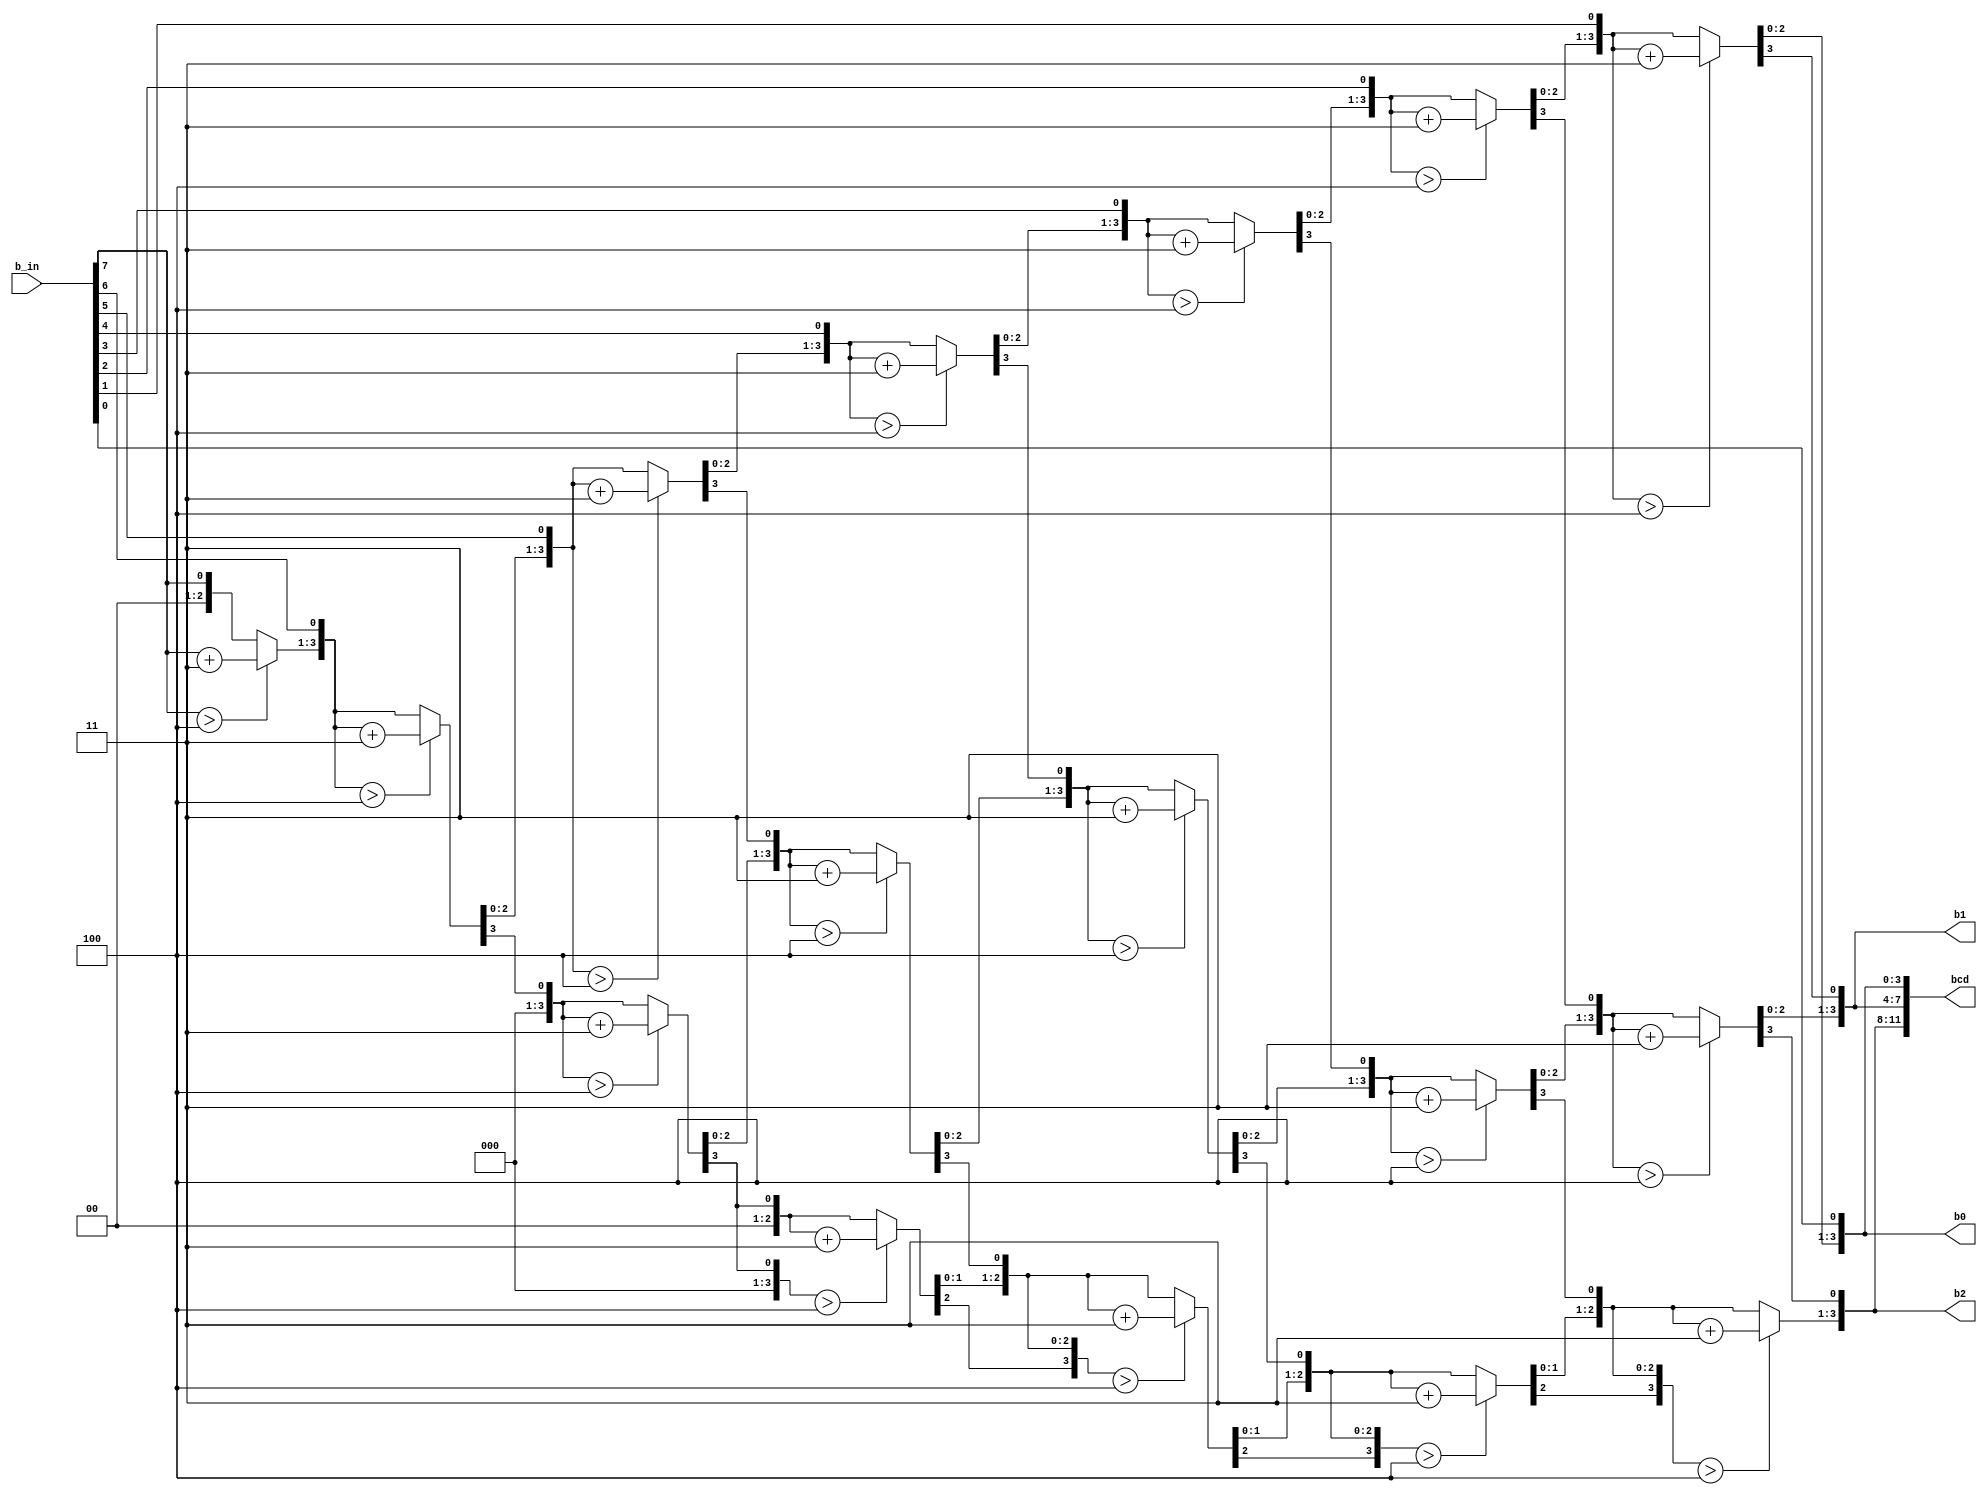
`timescale 1ns / 1ps

module binary_bcd(b_in,b0,b1,b2,bcd);
input [7:0]b_in;
output reg [3:0]b0,b1,b2;
output reg [11:0]bcd;
integer i;
always@(b_in) begin
b0=0; b1=0; b2=0;
for(i=0; i<8; i=i+1) begin
if (b0>4) b0=b0+3;
if (b1>4) b1=b1+3; 
if (b2>4) b2=b2+3;
{b2,b1,b0} = {b2,b1,b0,b_in[7-i]};
end
bcd={b2,b1,b0};
end
endmodule